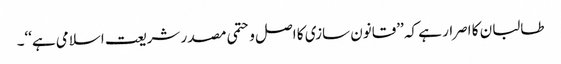
طالبان کا اصرار ہے کہ ’’قانون سازی کا اصل وحتمی مصدر شریعت اسلامی ہے‘‘۔